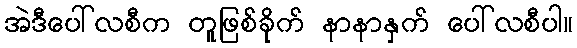
အဲဒီပေါ်လစီက တူဖြစ်ခိုက် နာနာနှက် ပေါ်လစီပါ။